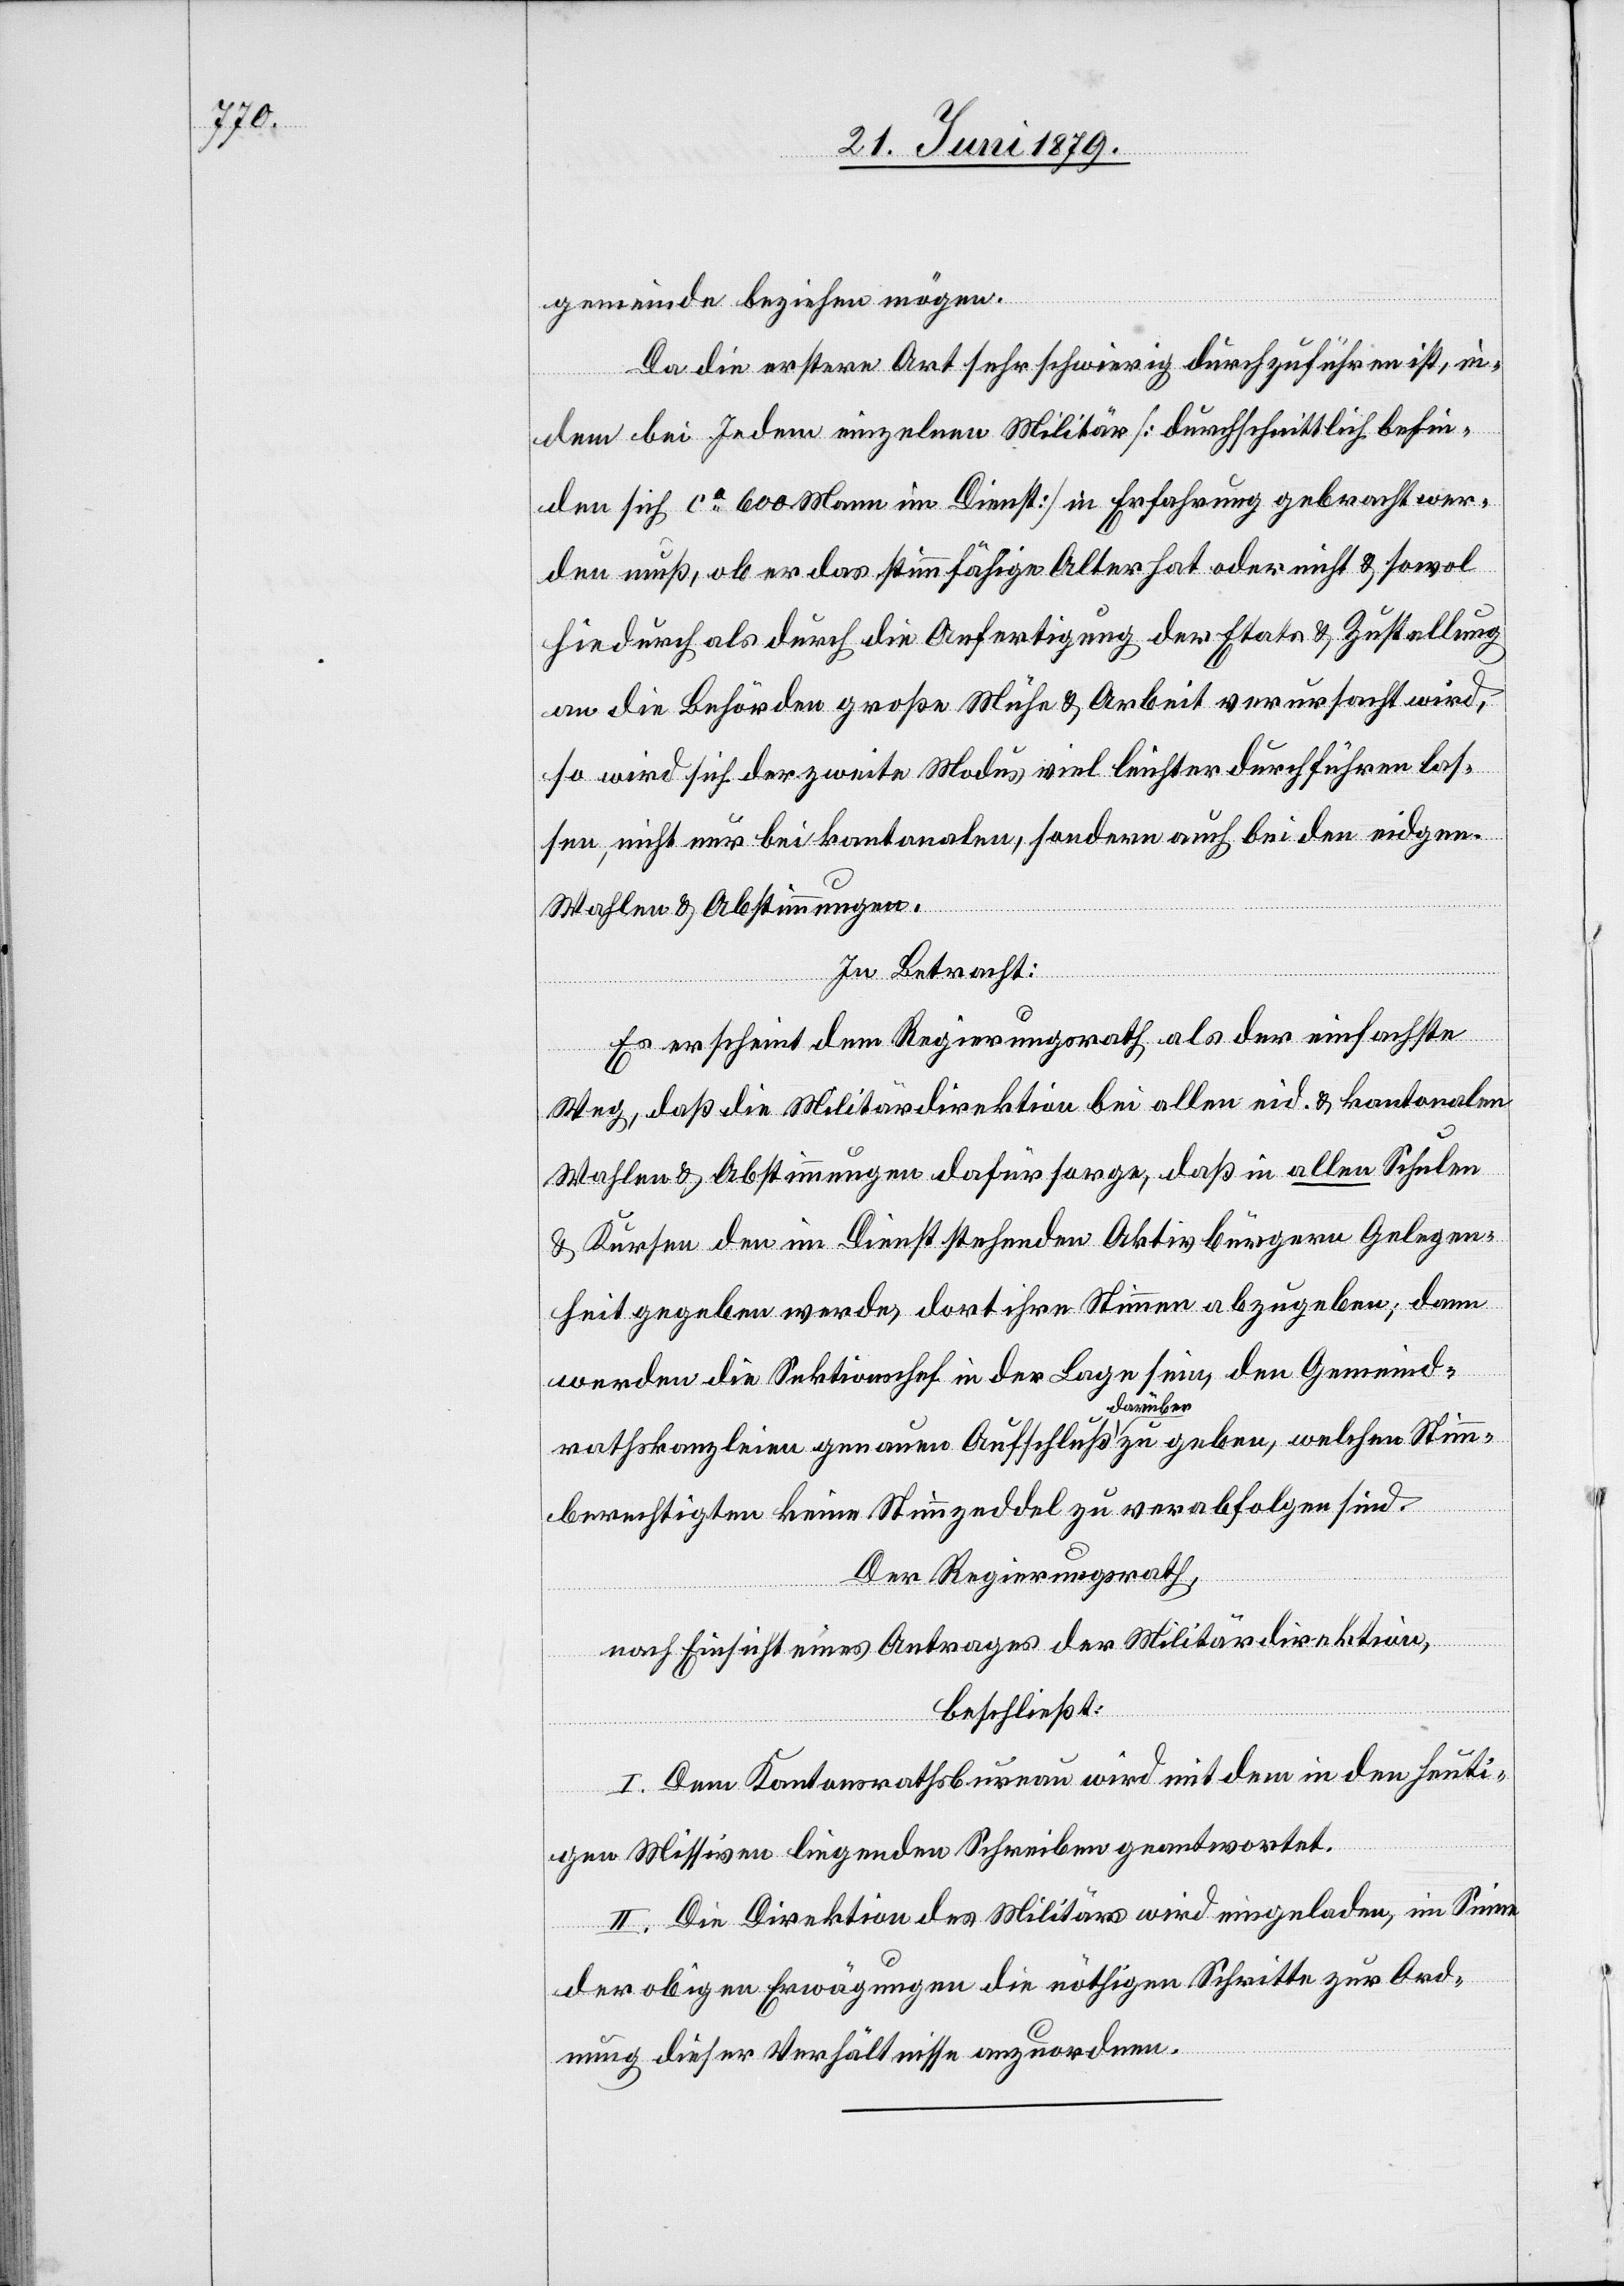
gemeinde beziehen mögen.
Da die erstere Art sehr schwierig durchzuführen ist, in¬
dem bei Jedem einzelnen Militär [durchschnittlich befin¬
den sich ca 600 Mann im Dienst] in Erfahrung gebracht wer¬
den muß, ob er das stimmfähige Alter hat oder nicht & sowol
hiedurch als durch die Anfertigung der Etats & Zustellung
an die Behörden große Mühe & Arbeit verursacht wird,
so wird sich der zweite Modus viel leichter durchführen las¬
sen, nicht nur bei kantonalen, sondern auch bei den eidgen.
Wahlen & Abstimmungen.
In Betracht:
Es erscheint dem Regierungsrath als der einfachste
Weg, daß die Militärdirektion bei allen eid. & kantonalen
Wahlen & Abstimmungen dafür sorge, daß in allen Schulen
& Kursen den im Dienst stehenden Aktivbürgern Gelegen¬
heit gegeben werde, dort ihre Stimmen abzugeben; dann
werden die Sektionschef[s] in der Lage sein, den Gemeind¬
rathskanzleien genauen Aufschluß darüber zu geben, welchen Stimm¬
berechtigten keine Stimmzeddel zu verabfolgen sind.
Der Regierungsrath,
nach Einsicht eines Antrages der Militärdirektion,
beschließt:
I. Dem Kantonsrathsbureau wird mit dem in den heuti¬
gen Missiven liegenden Schreiben geantwortet.
II. Die Direktion des Militärs wird eingeladen, im Sinne
der obigen Erwägungen die nöthigen Schritte zur Ord¬
nung dieser Verhältnisse anzuordnen.